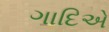
ગાદિએ